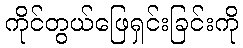
ကိုင်တွယ်ဖြေရှင်းခြင်းကို